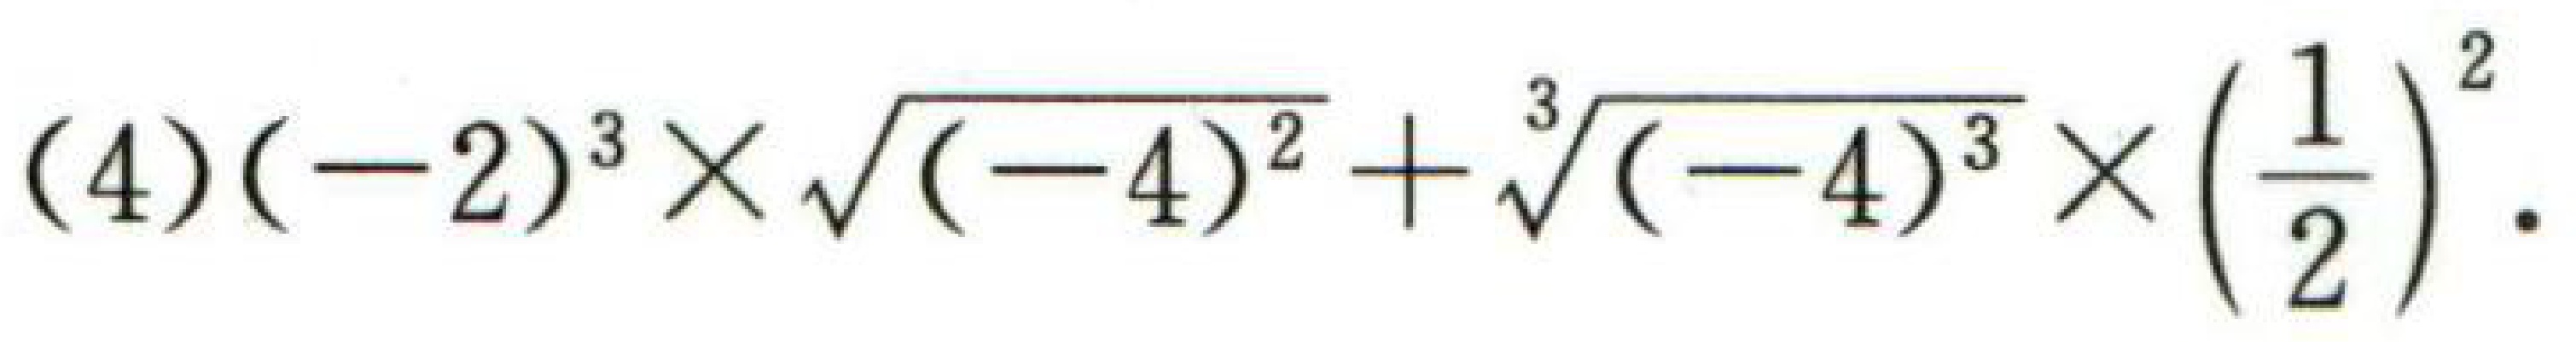
(4)$(-2)^{3}\times\sqrt{(-4)^{2}}+\sqrt[3]{(-4)^{3}}\times\left(\frac{1}{2}\right)^{2}.$